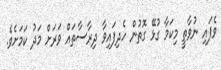
ވެފައި ނުވާތީ މިކަމާ ގުޅޭ ގޮތުން ހެދިފައިވާ ދިރާސާތައް ވަރަށް މަދު ކަމަށެވެ.